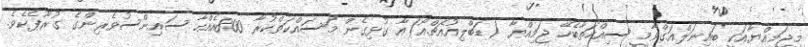
މިޖަމިއްޔާއަކީ ބައިނަލްއަގްވާމީ ސިއްހަތާބެހޭ ޖަމިއްޔާ (ޑަބްލިއުއެޗްއޯ)އާ ގުޅިގެން މަސައްކަތްކުރާ 800އެއްހާ ސައިންސުވެރިންގެ ގުރޫޕެކެވެ.